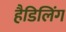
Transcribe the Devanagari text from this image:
हैडिलिंग